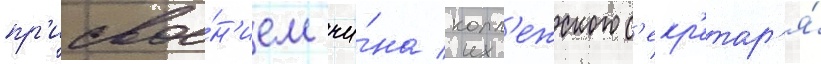
пр'исвое́н'ием чи́на колл'ежского с'екр'етар'я́